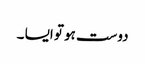
دوست ہو تو ایسا ۔